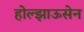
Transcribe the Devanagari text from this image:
होल्झाऊसेन